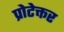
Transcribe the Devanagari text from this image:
प्रोटेक्तर